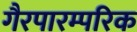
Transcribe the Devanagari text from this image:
गैरपारम्परिक